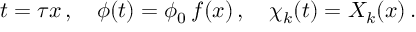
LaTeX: t = \tau x \, , \quad \phi ( t ) = \phi _ { 0 } \, f ( x ) \, , \quad \chi _ { k } ( t ) = X _ { k } ( x ) \, .